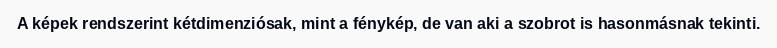
A képek rendszerint kétdimenziósak, mint a fénykép, de van aki a szobrot is hasonmásnak tekinti.